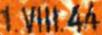
1.VIII. 44